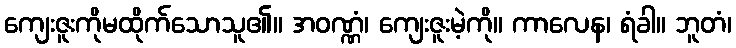
ကျေးဇူးကိုမထိုက်သောသူ၏။ အဝဏ္ဏံ၊ ကျေးဇူးမဲ့ကို။ ကာလေန၊ ရံခါ။ ဘူတံ၊